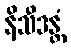
နိသီဒန္တံ